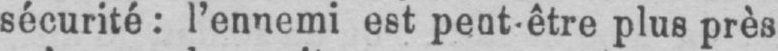
sécurité: l’ennemi est peut-être plus près